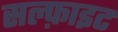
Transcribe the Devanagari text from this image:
सल्फ़ाइट